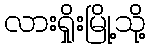
လားရှိုးမြို့သို့